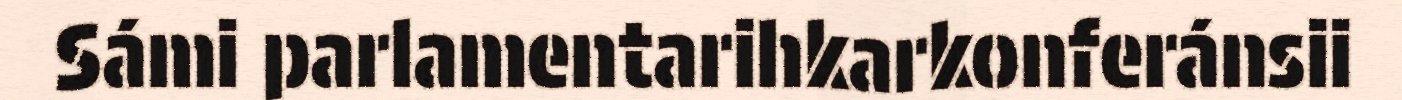
Sámi parlamentarihkarkonferánsii